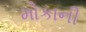
મોકાની